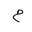
Letter: _mim